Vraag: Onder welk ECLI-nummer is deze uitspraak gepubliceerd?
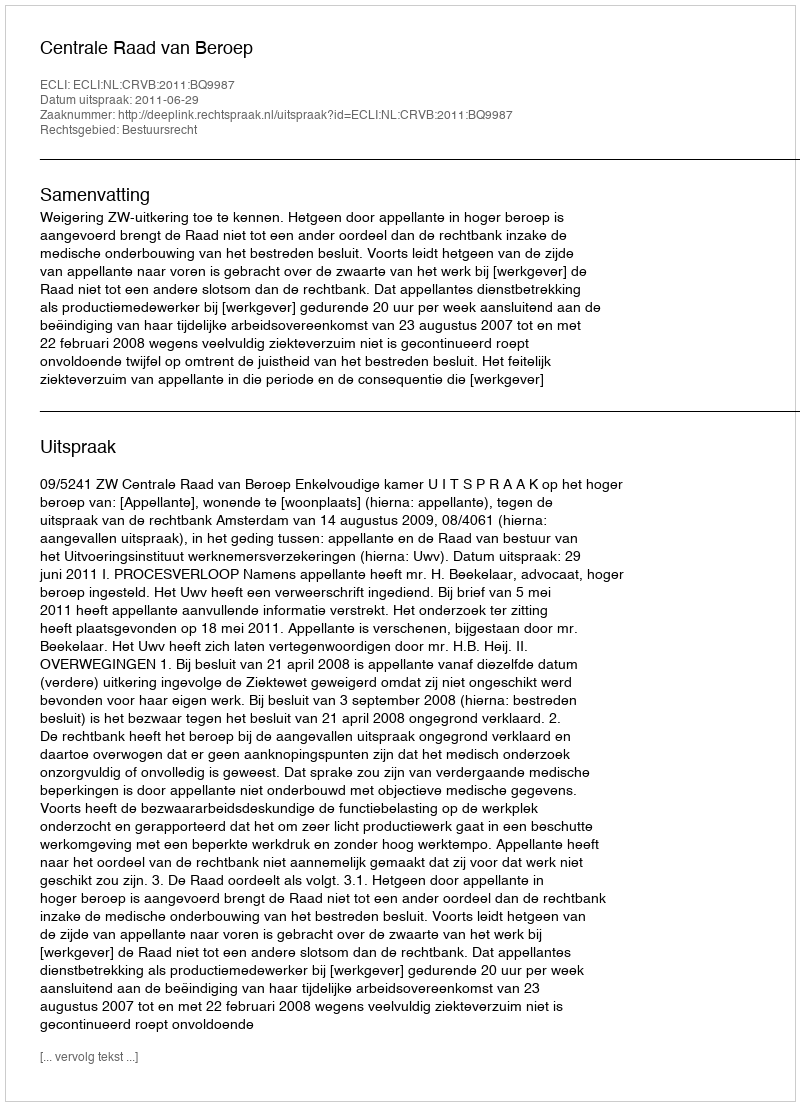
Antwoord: ECLI:NL:CRVB:2011:BQ9987